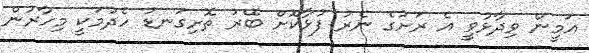
އަމީން ވިދާޅުވީ އެ ރަށުގެ ނެރު ފުޅާކޮށް ބޭރު ތޮށިގަނޑު ހެދުމަކީ މިހާރުން